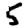
Digit: 5